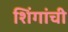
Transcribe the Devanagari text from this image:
शिंगांची